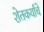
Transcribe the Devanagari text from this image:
शेतकर्यांचे